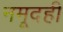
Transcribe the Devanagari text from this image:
नमूदही